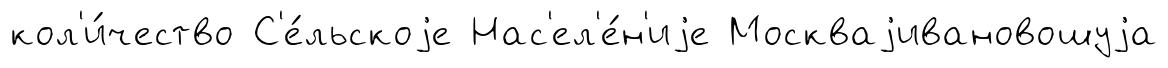
кол'и́чество С'е́льскоjе Нас'ел'е́н'иjе Москваjивановошуjа